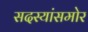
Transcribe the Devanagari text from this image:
सदस्यांसमोर